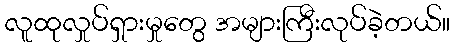
လူထုလှုပ်ရှားမှုတွေ အများကြီးလုပ်ခဲ့တယ်။